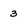
Character: 3